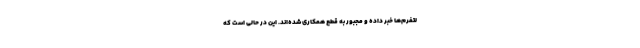
لتفرم‌ها خبر داده و مجبور به قطع همکاری شده‌اند. این در حالی است که